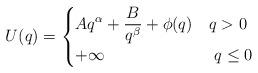
LaTeX: \begin{align*}U(q)= \begin{cases}\displaystyle{Aq^\alpha + \frac{B}{q^\beta}} + \phi(q) & q>0\\+\infty & \,\, q \leq 0\end{cases}\end{align*}